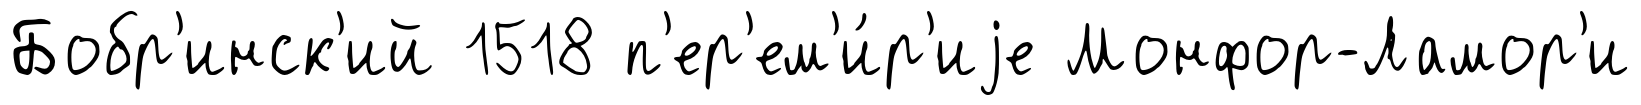
Бобр'инск'ий 1518 п'ер'ем'и́р'иjе Монфор-Ламор'и